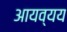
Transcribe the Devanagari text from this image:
आयव्यय